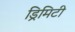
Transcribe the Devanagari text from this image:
ड्रिमिटी